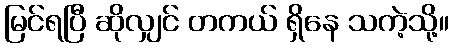
မြင်ရပြီ ဆိုလျှင် တကယ် ရှိနေ သကဲ့သို့။